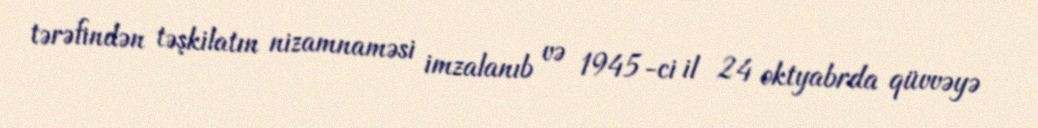
tərəfindən təşkilatın nizamnaməsi imzalanıb və 1945-ci il 24 oktyabrda qüvvəyə